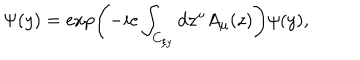
LaTeX: \Psi ( y ) = \exp \left( - i e \int _ { C _ { \xi y } } d z ^ { \mu } A _ { \mu } ( z ) \right) \psi ( y ) ,